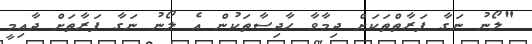
"ލޯނު ނަގާ ފަރާތްތަކަށް ދިމާވާ ހާދިސާތަކުން އެ ލޯނު ނަގާ ފަރާތަށް ދާއިމީ